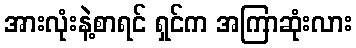
အားလုံးနဲ့စာရင် ရှင်က အကြာဆုံးလား